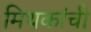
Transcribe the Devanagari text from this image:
मिथकांची